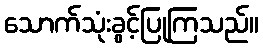
သောက်သုံးခွင့်ပြုကြသည်။